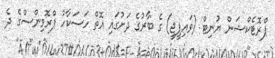
ޕްރޮޓެކްޝަން ޔުނިޓް (ވައިޕީޖީ) ގެ ބާރުގެ ދަށުގައި އޮތް ހަސަކާހު ޕްރޮވިންސްގެ ދެ